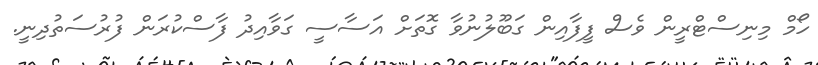
ހޯމް މިނިސްޓްރީން ވެސް ފީފާއިން ގަބޫލުނުވާ ގޮތަށް އަސާސީ ގަވާއިދު ފާސްކުރަން ފުރުސަތުދިނީ.